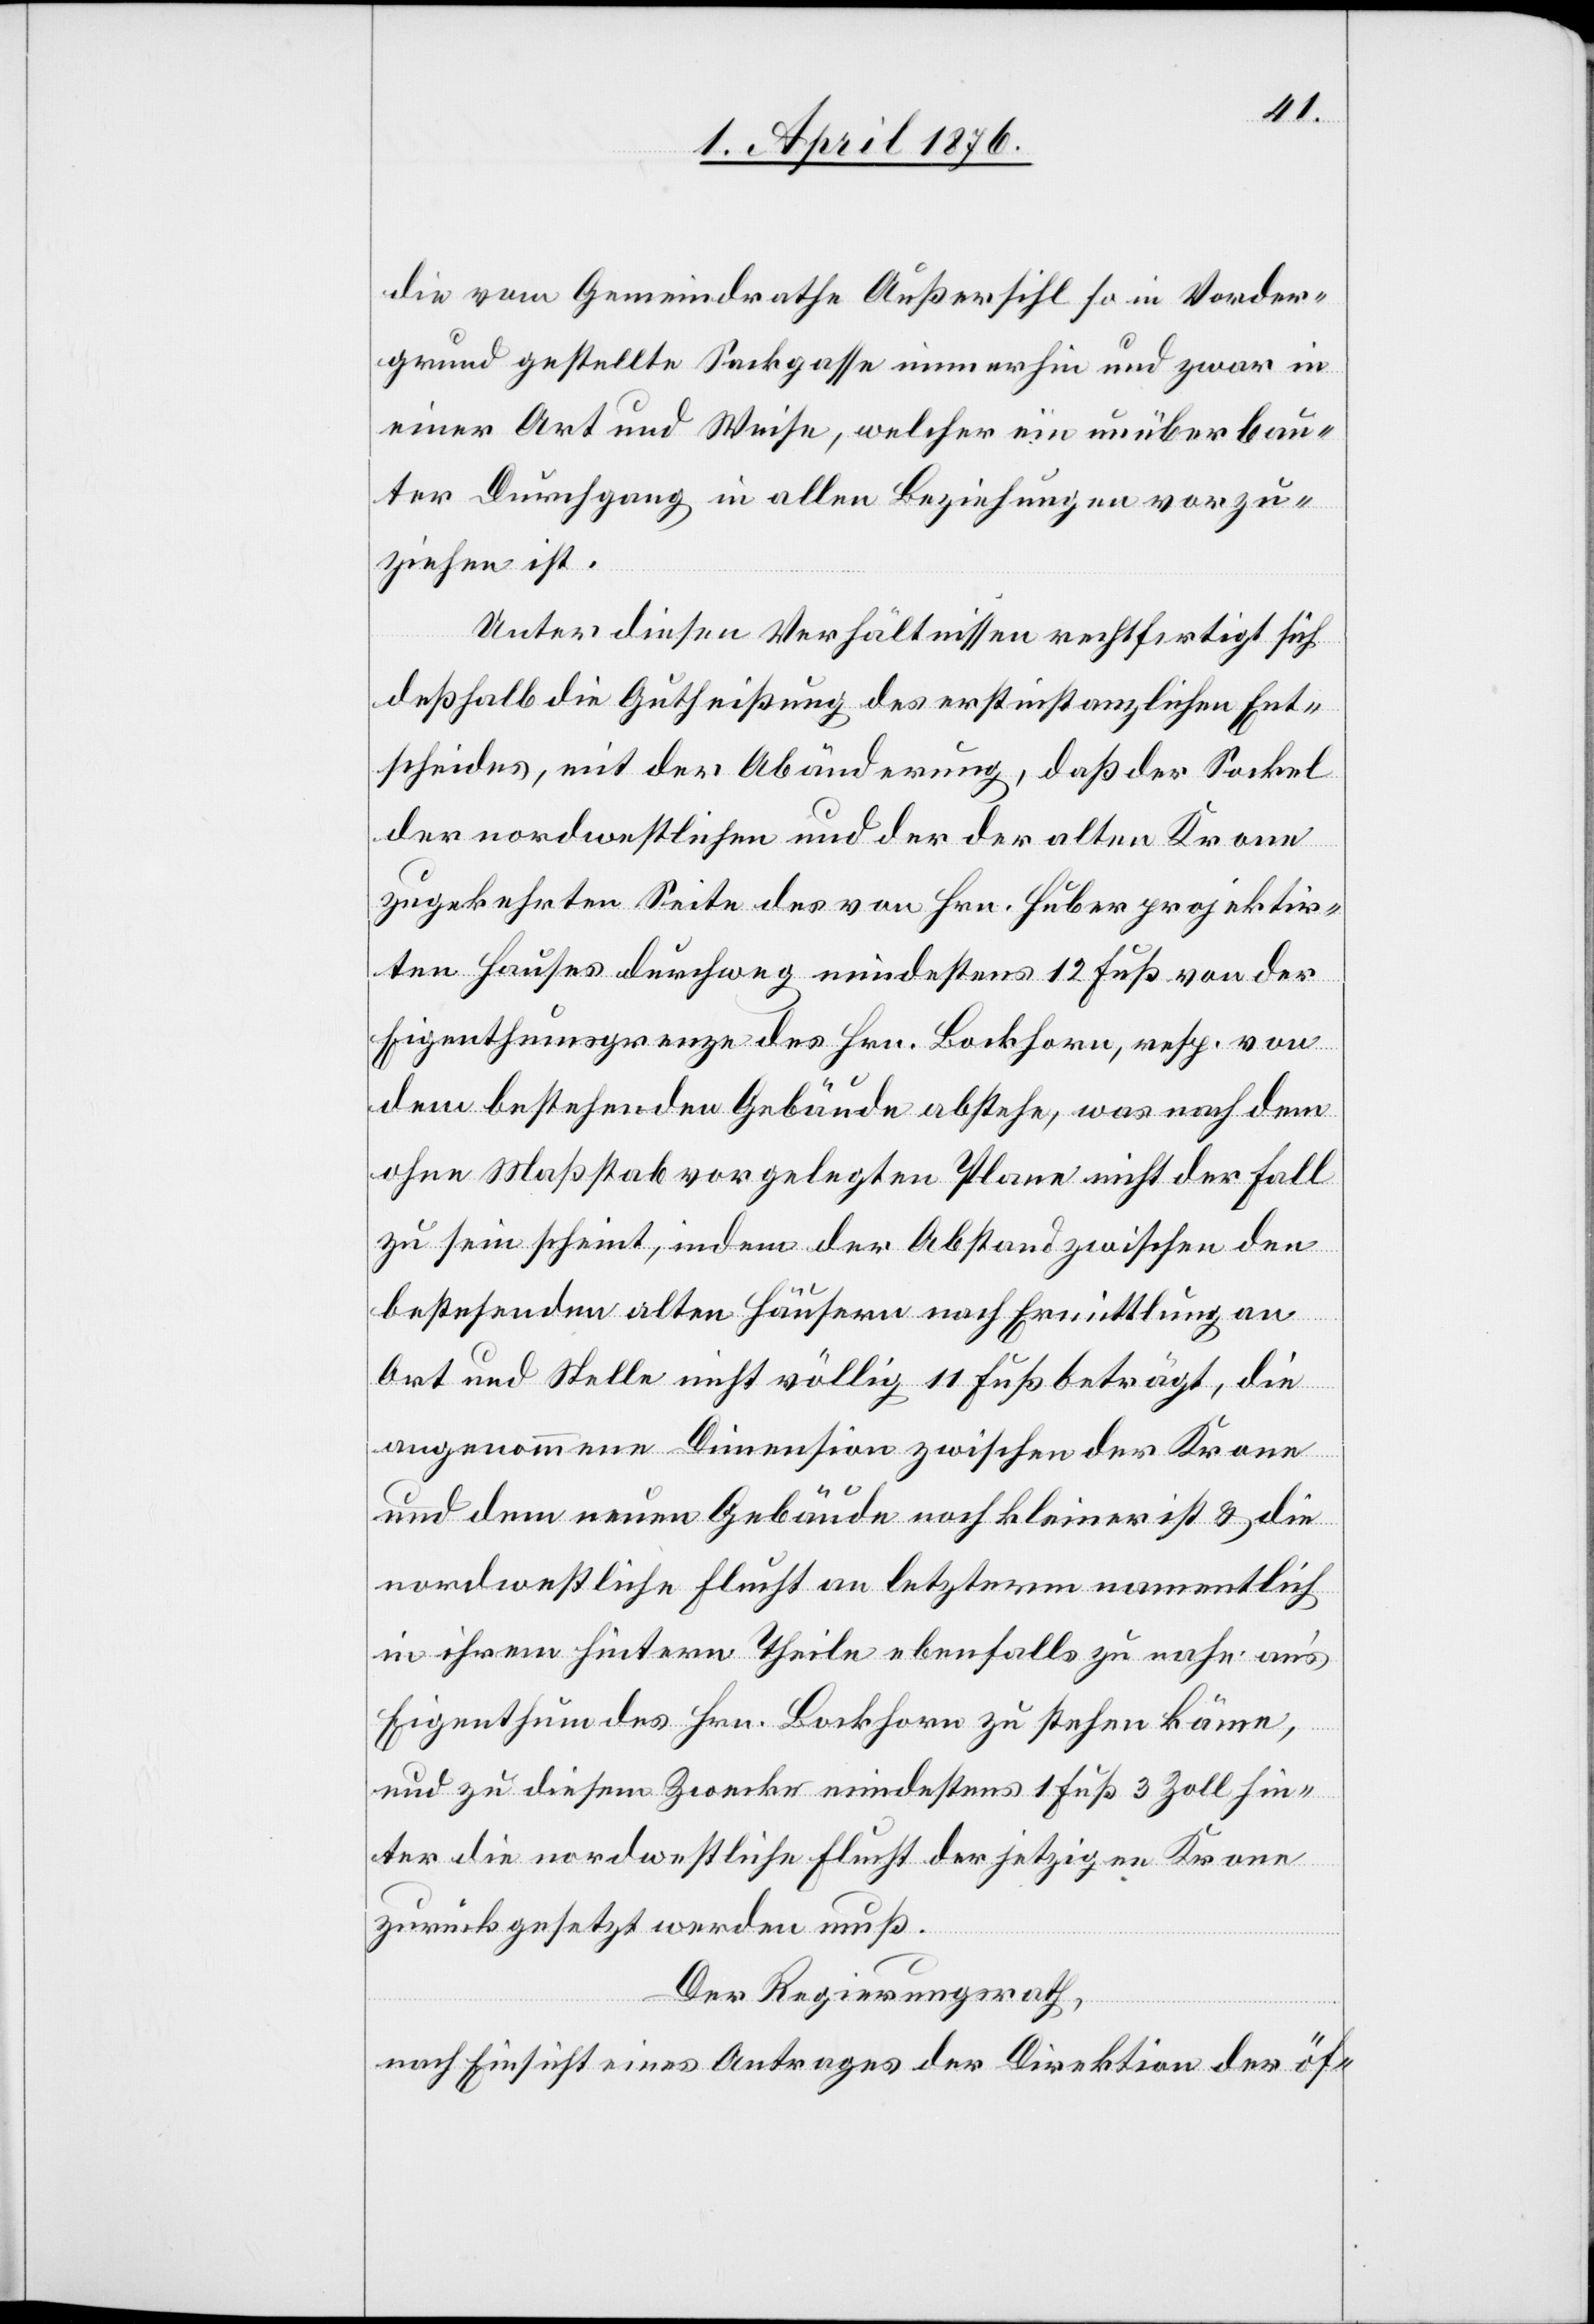
die vom Gemeindrathe Außersihl so in Vorder¬
grund gestellte Sackgasse immerhin und zwar in
einer Art und Weise, welcher ein unüberbau¬
ter Durchgang in allen Beziehungen vorzu¬
ziehen ist.
Unter diesen Verhältnissen rechtfertigt sich
deßhalb die Gutheißung des erstinstanzlichen Ent¬
scheides, mit der Abänderung, daß der Sockel
der nordwestlichen und der der alten Krone
zugekehrten Seite des von Hrn. Huber projektir¬
ten Hauses durchweg mindestens 12 Fuß von der
Eigenthumsgrenze des Hrn. Bockhorn, resp. von
dem bestehenden Gebäude abstehe, was nach dem
ohne Maßstab vorgelegten Plane nicht der Fall
zu sein scheint, indem der Abstand zwischen den
bestehenden alten Häusern nach Ermittlung an
Ort und Stelle nicht völlig 11 Fuß beträgt, die
angenommene Dimension zwischen der Krone
und dem neuen Gebäude noch kleiner ist & die
nordwestliche Flucht an letzterm namentlich
in ihrem hintern Theile ebenfalls zu nahe an‘s
Eigenthum des Hrn. Bockhorn zu stehen käme,
und zu diesem Zwecke mindestens 1 Fuß 3 Zoll hin¬
ter die nordwestliche Flucht der jetzigen Krone
zurückgesetzt werden muß.
Der Regierungsrath,
nach Einsicht eines Antrages der Direktion der öf-